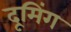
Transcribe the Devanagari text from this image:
दूमिंग